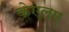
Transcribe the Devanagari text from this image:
केएलए